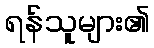
ရန်သူများ၏